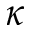
\kappa